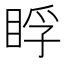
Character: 𥆬